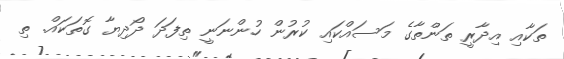
ތަކާއި އިދާރީ ތަންތާގެ މަސައްކައި ކުރުން ހުންނަނީ ތިފަދަ ދޯދިޔާ ގޮތަކައް. ތި